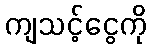
ကျသင့်ငွေကို